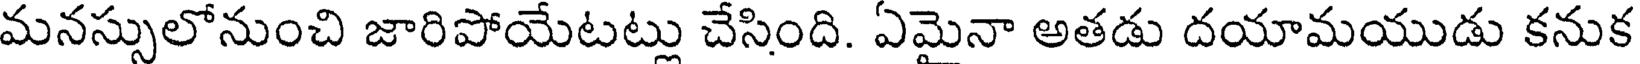
మనస్సులోనుంచి జారిపోయేటట్లు చేసింది. ఏమైనా అతడు దయామయుడు కనుక